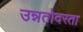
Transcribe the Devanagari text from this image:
उन्नतोदरता